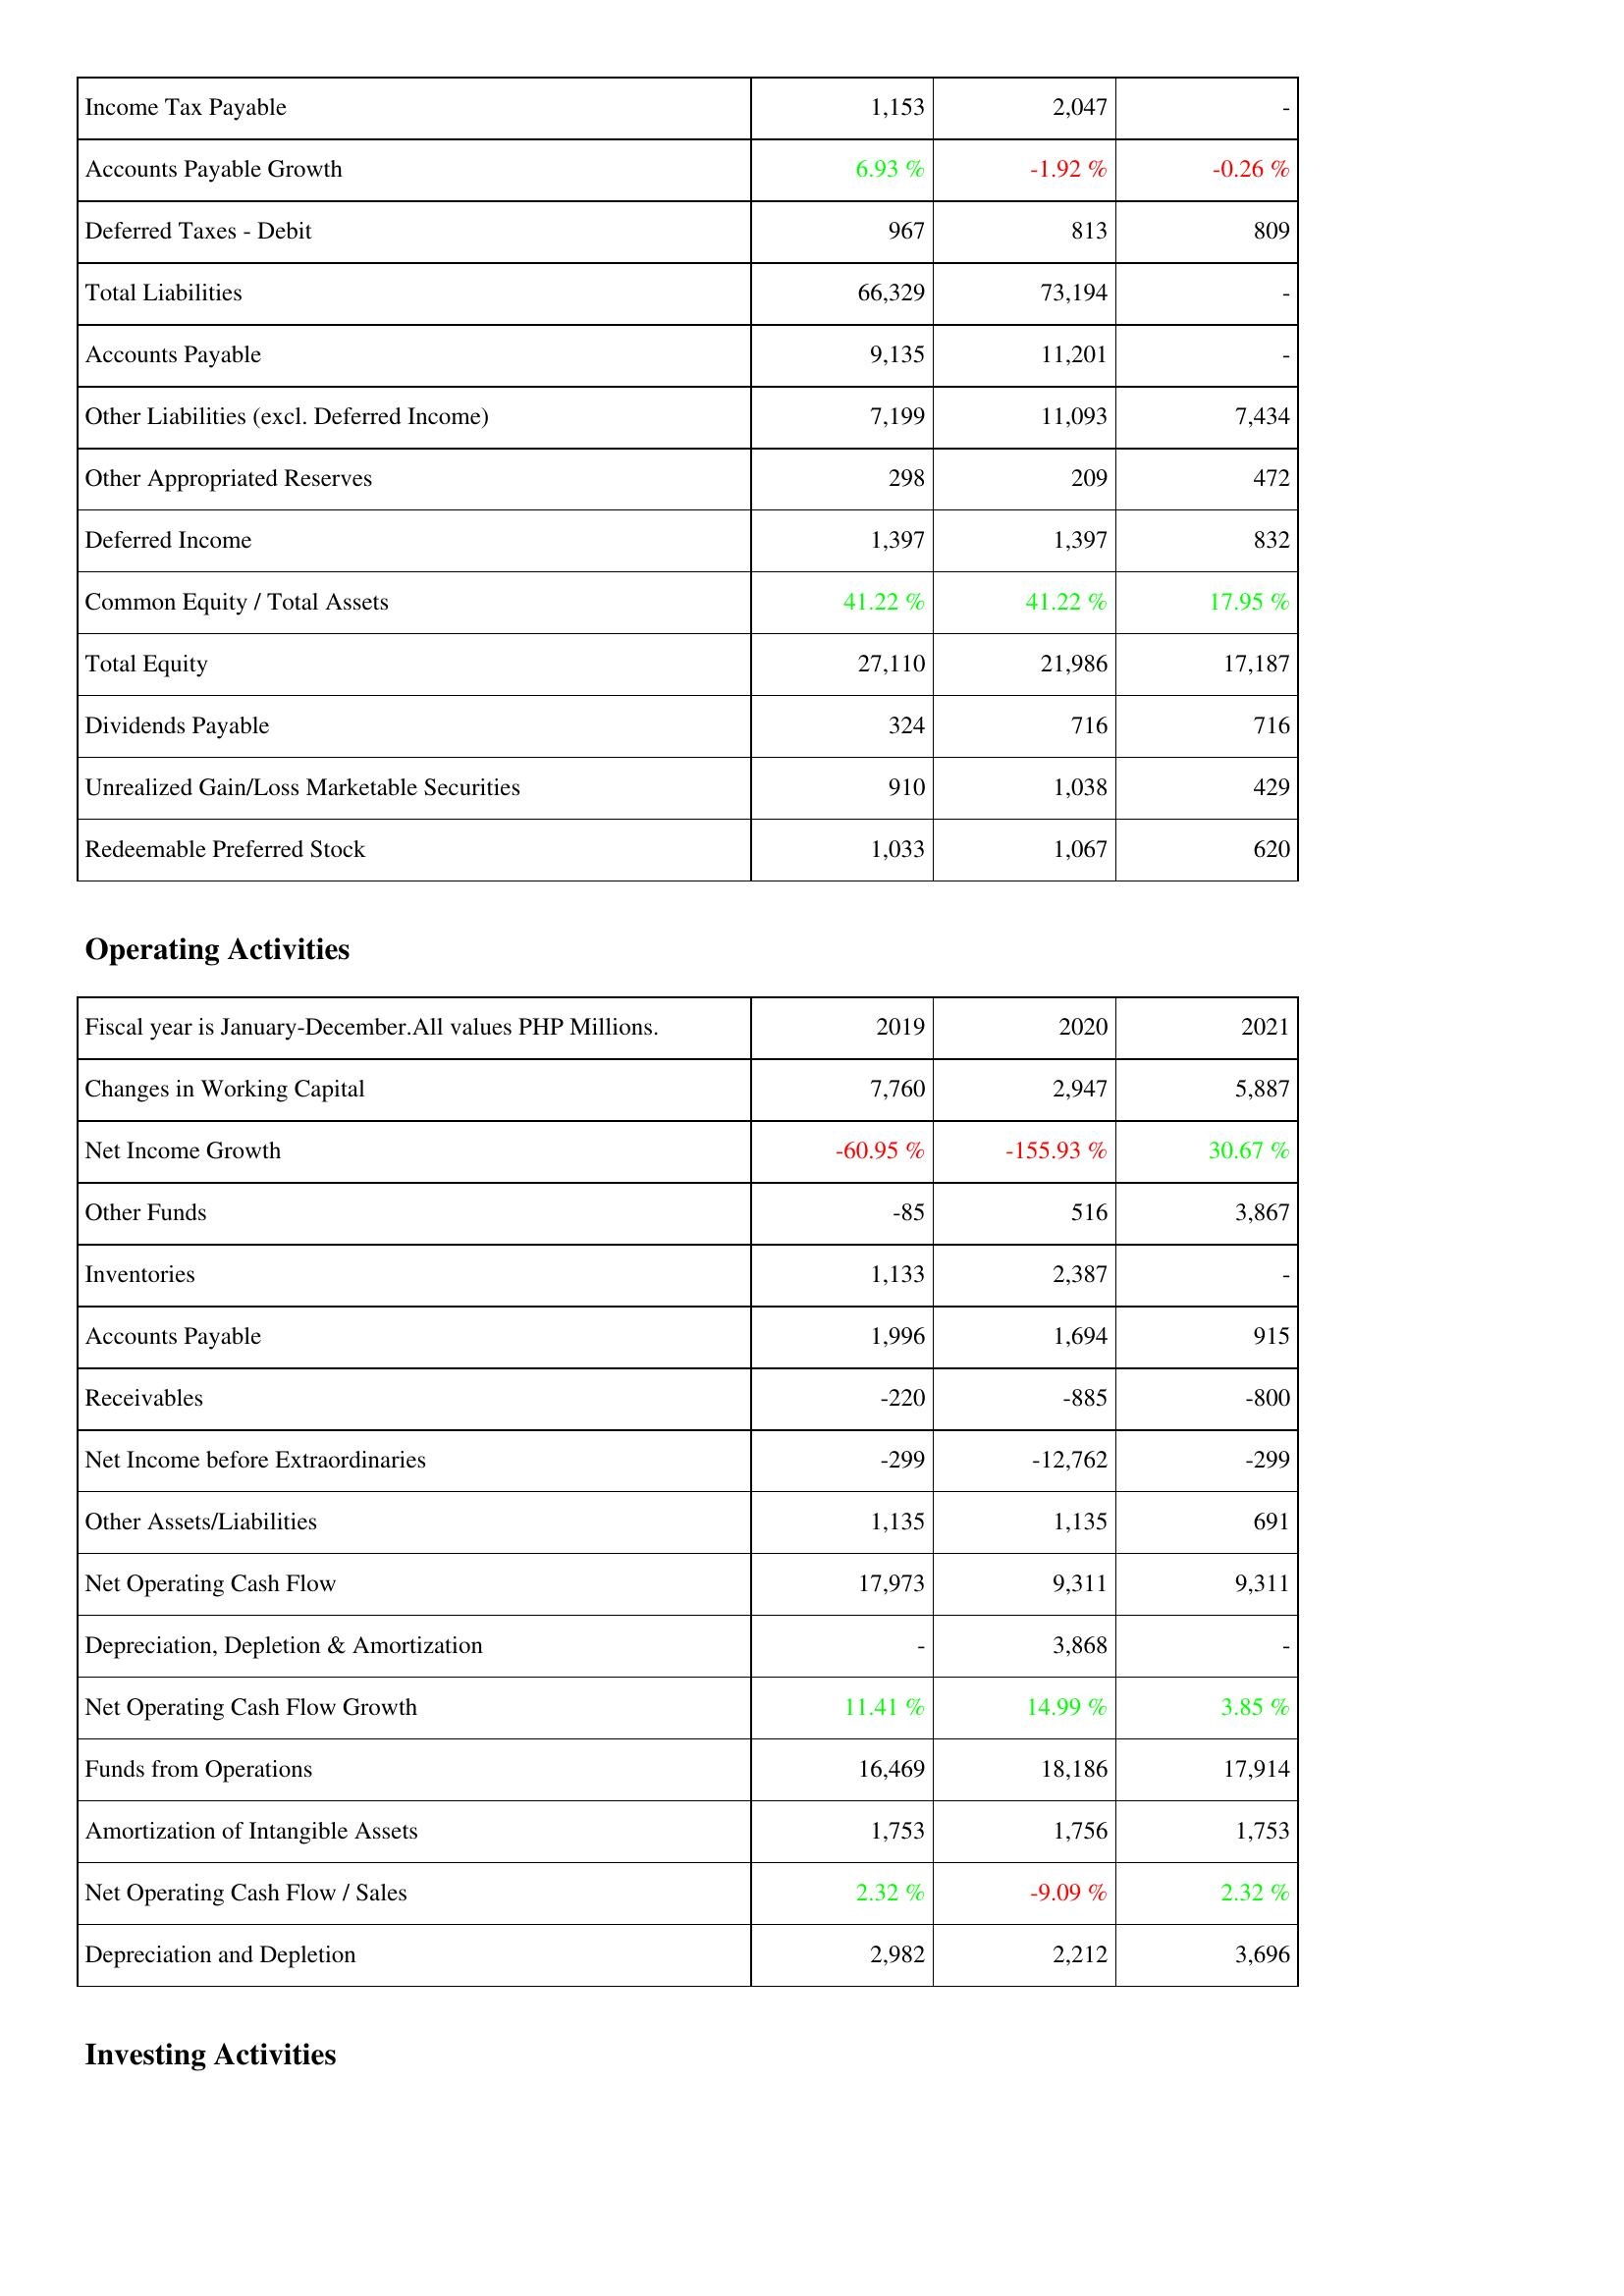
2019: Liabilities & Shareholders' Equity: Income Tax Payable: 1,153
Accounts Payable Growth: 6.93 %
Deferred Taxes - Debit: 967
Total Liabilities: 66,329
Accounts Payable: 9,135
Other Liabilities (excl. Deferred Income): 7,199
Other Appropriated Reserves: 298
Deferred Income: 1,397
Common Equity / Total Assets: 41.22 %
Total Equity: 27,110
Dividends Payable: 324
Unrealized Gain/Loss Marketable Securities: 910
Redeemable Preferred Stock: 1,033
Operating Activities: Changes in Working Capital: 7,760
Net Income Growth: -60.95 %
Other Funds: -85
Inventories: 1,133
Accounts Payable: 1,996
Receivables: -220
Net Income before Extraordinaries: -299
Other Assets/Liabilities: 1,135
Net Operating Cash Flow: 17,973
Depreciation, Depletion & Amortization: -
Net Operating Cash Flow Growth: 11.41 %
Funds from Operations: 16,469
Amortization of Intangible Assets: 1,753
Net Operating Cash Flow / Sales: 2.32 %
Depreciation and Depletion: 2,982
2020: Liabilities & Shareholders' Equity: Income Tax Payable: 2,047
Accounts Payable Growth: -1.92 %
Deferred Taxes - Debit: 813
Total Liabilities: 73,194
Accounts Payable: 11,201
Other Liabilities (excl. Deferred Income): 11,093
Other Appropriated Reserves: 209
Deferred Income: 1,397
Common Equity / Total Assets: 41.22 %
Total Equity: 21,986
Dividends Payable: 716
Unrealized Gain/Loss Marketable Securities: 1,038
Redeemable Preferred Stock: 1,067
Operating Activities: Changes in Working Capital: 2,947
Net Income Growth: -155.93 %
Other Funds: 516
Inventories: 2,387
Accounts Payable: 1,694
Receivables: -885
Net Income before Extraordinaries: -12,762
Other Assets/Liabilities: 1,135
Net Operating Cash Flow: 9,311
Depreciation, Depletion & Amortization: 3,868
Net Operating Cash Flow Growth: 14.99 %
Funds from Operations: 18,186
Amortization of Intangible Assets: 1,756
Net Operating Cash Flow / Sales: -9.09 %
Depreciation and Depletion: 2,212
2021: Liabilities & Shareholders' Equity: Income Tax Payable: -
Accounts Payable Growth: -0.26 %
Deferred Taxes - Debit: 809
Total Liabilities: -
Accounts Payable: -
Other Liabilities (excl. Deferred Income): 7,434
Other Appropriated Reserves: 472
Deferred Income: 832
Common Equity / Total Assets: 17.95 %
Total Equity: 17,187
Dividends Payable: 716
Unrealized Gain/Loss Marketable Securities: 429
Redeemable Preferred Stock: 620
Operating Activities: Changes in Working Capital: 5,887
Net Income Growth: 30.67 %
Other Funds: 3,867
Inventories: -
Accounts Payable: 915
Receivables: -800
Net Income before Extraordinaries: -299
Other Assets/Liabilities: 691
Net Operating Cash Flow: 9,311
Depreciation, Depletion & Amortization: -
Net Operating Cash Flow Growth: 3.85 %
Funds from Operations: 17,914
Amortization of Intangible Assets: 1,753
Net Operating Cash Flow / Sales: 2.32 %
Depreciation and Depletion: 3,696